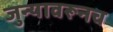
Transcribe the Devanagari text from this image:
जुन्यावरूनच